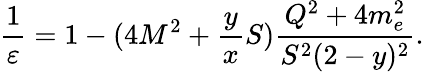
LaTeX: \frac{1}{\varepsilon}=1-(4M^{2}+\frac{y}{x}S){\frac{Q^{2}+4m_{e}^{2}}{S^{2}(2-y)^{2}}}.